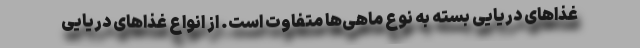
غذاهای دریایی بسته به نوع ماهی‌ها متفاوت است. از انواع غذاهای دریایی